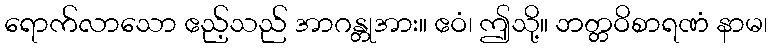
ရောက်လာသော ဧည့်သည် အာဂန္တုအား။ ဧဝံ၊ ဤသို့။ ဘတ္တဝိစာရဏံ နာမ၊